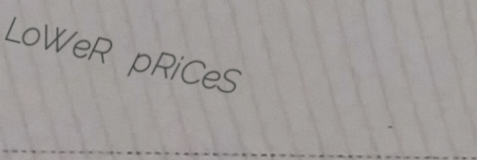
LoWeR pRiCeS